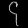
Digit: ၄